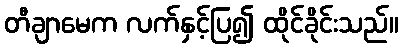
တီချာမေက လက်နှင့်ပြ၍ ထိုင်ခိုင်းသည်။